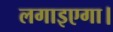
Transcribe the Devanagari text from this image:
लगाइएगा।